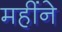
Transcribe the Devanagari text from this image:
महींने